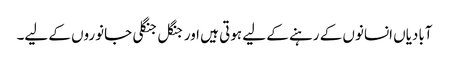
آبادیاں انسانوں کے رہنے کے لیے ہوتی ہیں اور جنگل جنگلی جانوروں کے لیے۔